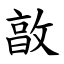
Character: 㪟